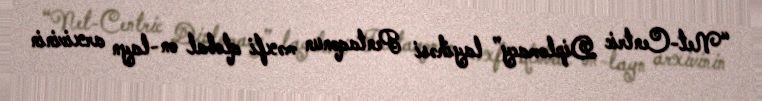
“Net-Centric Diplomacy” layihəsi Pentaqonun məxfi qlobal on-layn arxivinin